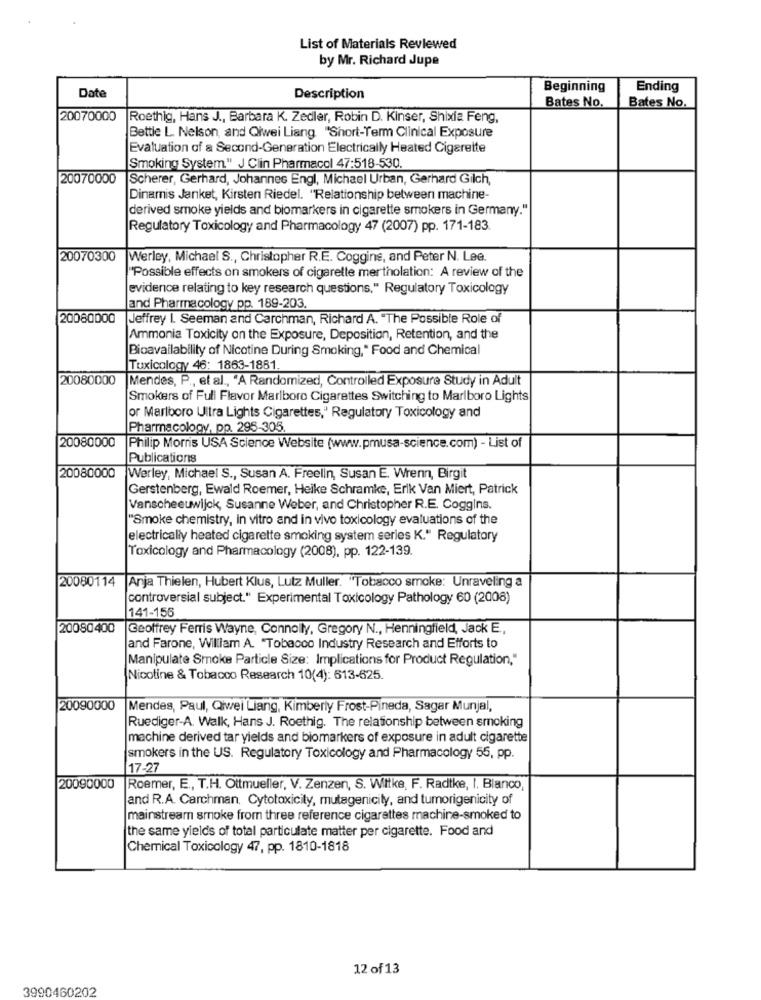
List of Materials Reviewed
by Mr. Richard Jupe
Beginning
Ending
Date
Description
Bates No.
Bates No.
20070000
Roethig, Hans J ., Barbara K. Zedler, Robin D. Kinser, Shixia Feng,
Bettle L. Nelson, and Qiwei Liang "Short-Term Clinical Exposure
Evaluation of a Second-Generation Electrically Heated Cigarette
Smoking System." J Clin Pharmacol 47:518-530.
20070000
Scherer, Gerhard, Johannes Engl, Michael Urban, Gerhard Gilch,
Dinamis Janket, Kirsten Riedel. "Relationship between machine-
derived smoke yields and biomarkers in cigarette smokers in Germany."
Regulatory Toxicology and Pharmacology 47 (2007) pp. 171-183.
20070300
Werley, Michael S ., Christopher R.E. Coggins, and Peter N. Lee.
"Possible effects on smokers of cigarette mer tholation: A review of the
evidence relating to key research questions," Regulatory Toxicology
and Pharmacology pp. 189-203.
20080000
Jeffrey I. Seeman and Carchman, Richard A. "The Possible Role of
Ammonia Toxicity on the Exposure, Deposition, Retention, and the
Bioavailability of Nicotine During Smoking," Food and Chemical
Tuxicology 46: 1863-1881.
20080000
Mendes, P ., et al ., "A Randomized, Controlled Exposure Study in Adult
Smokers of Full Flavor Marlboro Cigarettes Switching to Marlboro Lights
or Marlboro Ultra Lights Cigarettes," Regulatory Toxicology and
Pharmacology, pp. 295-305
20080000
Philip Morris USA Science Website (www.pmusa-science.com) - List of
Publications
20080000
Werley, Michael S ., Susan A. Freelin, Susan E. Wrenn, Birgit
Gerstenberg, Ewald Roemer, Heike Schramke, Erik Van Miert, Patrick
Vanscheeuwijck, Susanne Weber, and Christopher R.E. Coggins.
"Smoke chemistry, in vitro and in vivo toxicology evaluations of the
electrically heated cigarette smoking system series K." Regulatory
Toxicology and Pharmacology (2008), pp. 122-139.
20080114
Anja Thielen, Hubert Klus, Lutz Muller. "Tobacco smoke: Unraveling a
controversial subject." Experimental Toxicology Pathology 60 (2008)
141-156
20080400
Geoffrey Ferris Wayne, Connolly, Gregory N ., Henningfield, Jack E .,
and Farone, William A. "Tobacco Industry Research and Efforts to
Manipulate Smoke Particle Size: Implications for Product Regulation,"
Nicotine & Tobacco Research 10(4): 613-625.
20090000
Mendes, Paul, Qwei Liang, Kimberly Frost-Pineda, Sagar Munjal,
Ruediger-A. Walk, Hans J. Roethig. The relationship between smoking
machine derived tar yields and biomarkers of exposure in adult cigarette
smokers in the US. Regulatory Toxicology and Pharmacology 55, pp.
17-27
20090000
Roemer, E ., T.H. Ottmueller, V. Zenzen, S. Wittke, F. Radtke, I. Blanco,
and R.A. Carchman. Cytotoxicity, mutagenicily, and tumorigenicity of
mainstream smoke from three reference cigarettes machine-smoked to
the same yields of total particulate matter per cigarette. Food and
Chemical Toxicology 47, pp. 1810-1818
12 of 13
3990460202